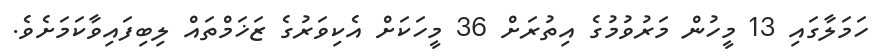
ހަމަލާގައި 13 މީހުން މަރުވުމުގެ އިތުރަށް 36 މީހަކަށް އެކިވަރުގެ ޒަޚަމްތައް ލިބިފައިވާކަމަށެވެ.